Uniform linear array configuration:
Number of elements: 24
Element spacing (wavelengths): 1
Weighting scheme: kaiser
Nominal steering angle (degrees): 45
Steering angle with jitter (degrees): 46.715
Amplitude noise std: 0.05
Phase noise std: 0.05

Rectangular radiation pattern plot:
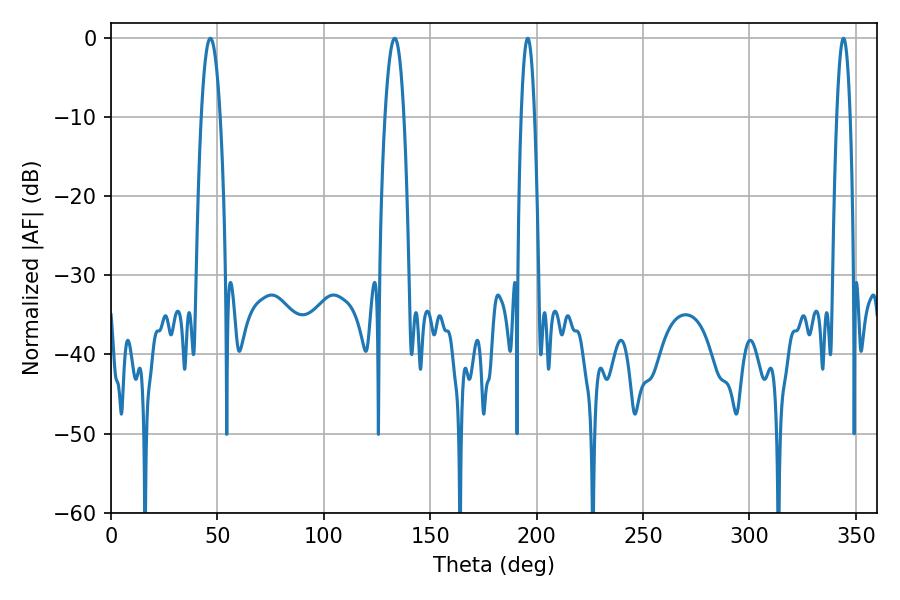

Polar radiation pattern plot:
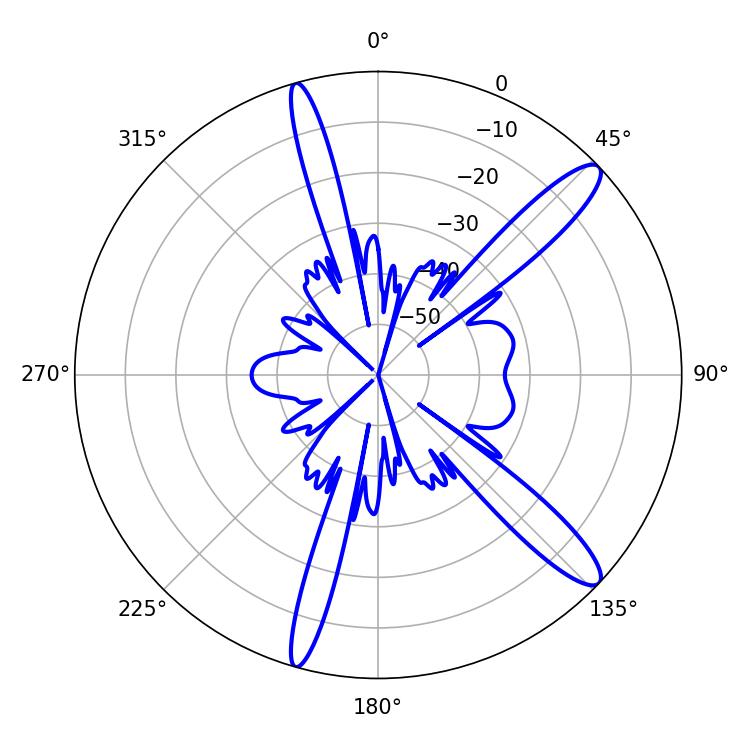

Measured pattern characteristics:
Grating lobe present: TRUE
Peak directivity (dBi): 13.044
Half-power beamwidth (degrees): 3.42
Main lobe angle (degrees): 195.84